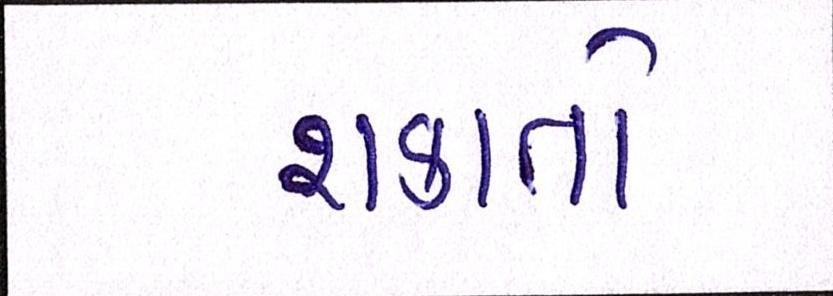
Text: શકાતો